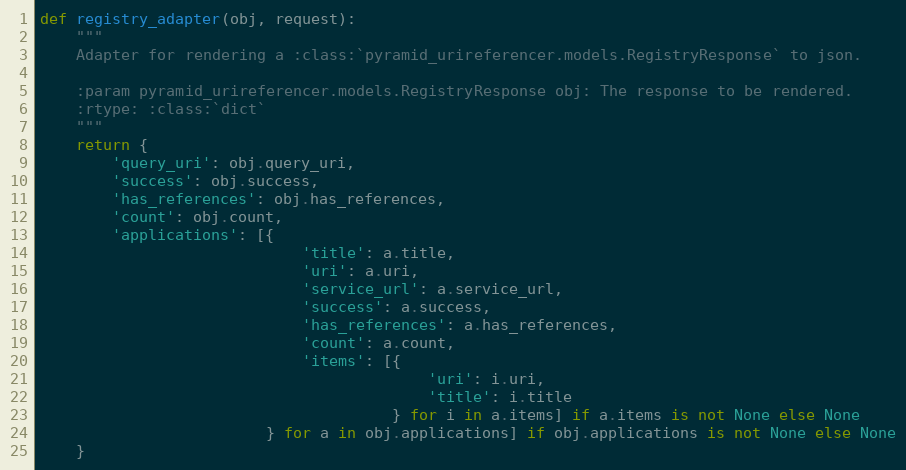
Language: Python
def registry_adapter(obj, request):
    """
    Adapter for rendering a :class:`pyramid_urireferencer.models.RegistryResponse` to json.

    :param pyramid_urireferencer.models.RegistryResponse obj: The response to be rendered.
    :rtype: :class:`dict`
    """
    return {
        'query_uri': obj.query_uri,
        'success': obj.success,
        'has_references': obj.has_references,
        'count': obj.count,
        'applications': [{
                             'title': a.title,
                             'uri': a.uri,
                             'service_url': a.service_url,
                             'success': a.success,
                             'has_references': a.has_references,
                             'count': a.count,
                             'items': [{
                                           'uri': i.uri,
                                           'title': i.title
                                       } for i in a.items] if a.items is not None else None
                         } for a in obj.applications] if obj.applications is not None else None
    }